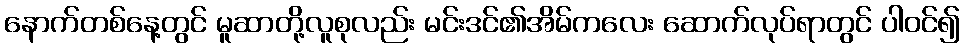
နောက်တစ်နေ့တွင် မူဆာတို့လူစုလည်း မင်းဒင်၏အိမ်ကလေး ဆောက်လုပ်ရာတွင် ပါဝင်၍